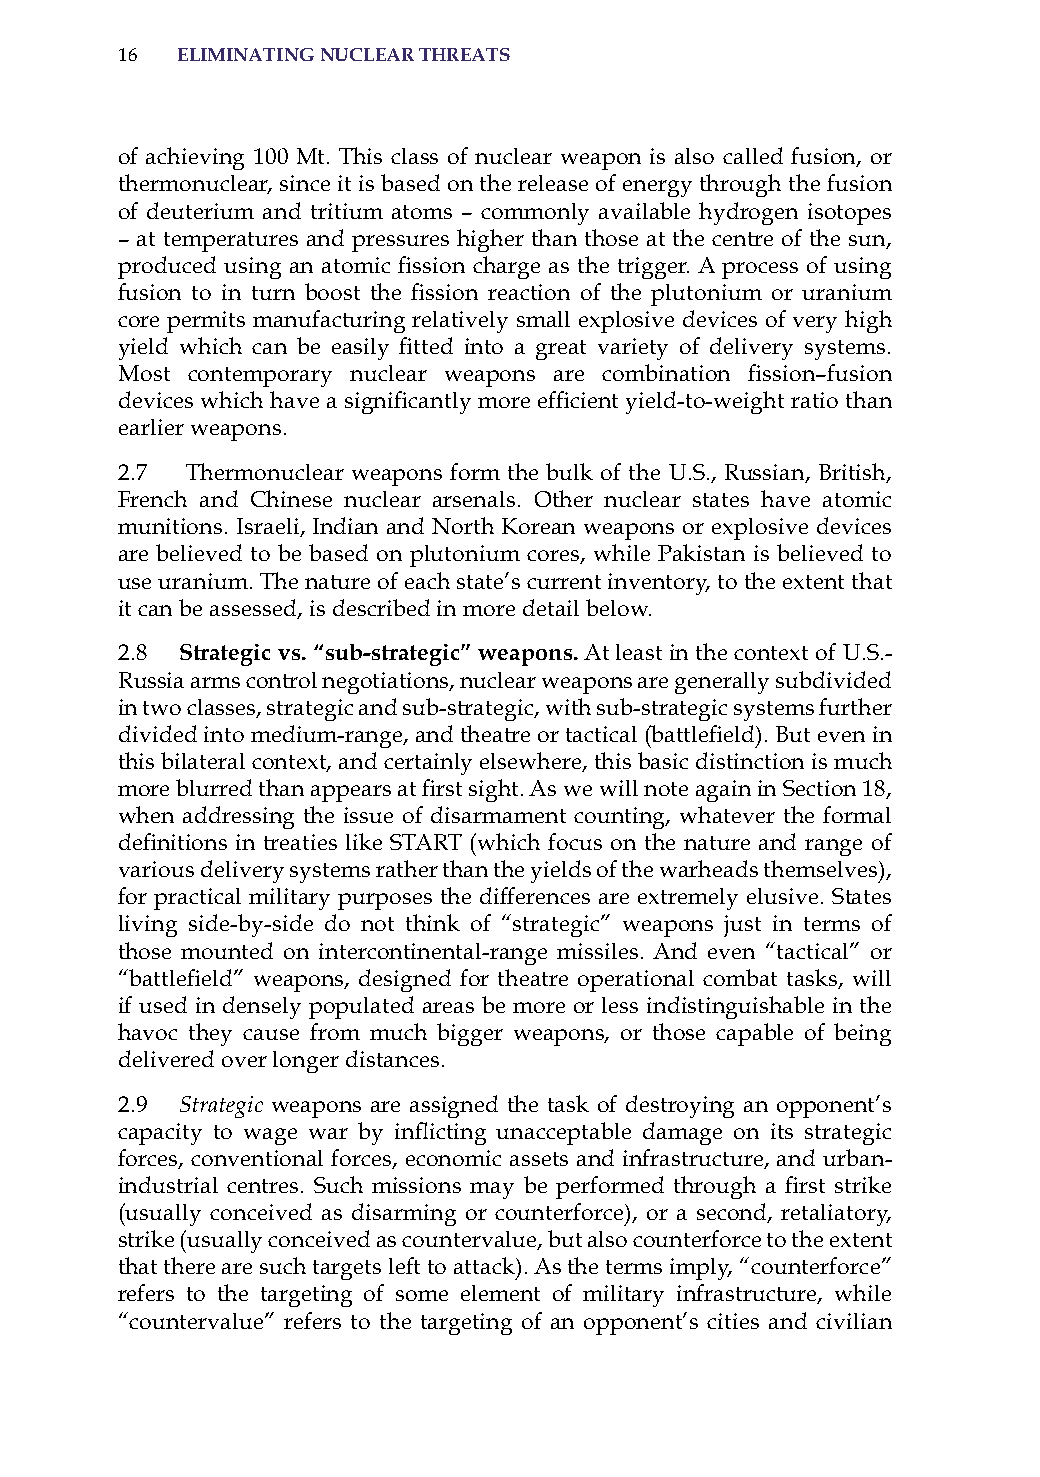
16  eliminatinG nuclear threats
 of achieving 100 Mt. This class of nuclear weapon is also called fusion, or
 thermonuclear, since it is based on the release of energy through the fusion
 of deuterium and tritium atoms – commonly available hydrogen isotopes
 – at temperatures and pressures higher than those at the centre of the sun,
 produced using an atomic fission charge as the trigger. A process of using
 fusion to in turn boost the fission reaction of the plutonium or uranium
 core permits manufacturing relatively small explosive devices of very high
 yield which can be easily fitted into a great variety of delivery systems.
 Most contemporary nuclear weapons are combination fission–fusion
 devices which have a significantly more efficient yield-to-weight ratio than
 earlier weapons.
 2.7 Thermonuclear weapons form the bulk of the U.s., russian, British,
 French and Chinese nuclear arsenals. other nuclear states have atomic
 munitions. israeli, indian and North Korean weapons or explosive devices
 are believed to be based on plutonium cores, while Pakistan is believed to
 use uranium. The nature of each state’s current inventory, to the extent that
 it can be assessed, is described in more detail below.
 2.8 strategic vs. “sub-strategic” weapons. at least in the context of U.s.-
 russia arms control negotiations, nuclear weapons are generally subdivided
 in two classes, strategic and sub-strategic, with sub-strategic systems further
 divided into medium-range, and theatre or tactical (battlefield). But even in
 this bilateral context, and certainly elsewhere, this basic distinction is much
 more blurred than appears at first sight. As we will note again in Section 18,
 when addressing the issue of disarmament counting, whatever the formal
 definitions in treaties like START (which focus on the nature and range of
 various delivery systems rather than the yields of the warheads themselves),
 for practical military purposes the differences are extremely elusive. states
 living side-by-side do not think of “strategic” weapons just in terms of
 those mounted on intercontinental-range missiles. and even “tactical” or
 “battlefield” weapons, designed for theatre operational combat tasks, will
 if used in densely populated areas be more or less indistinguishable in the
 havoc they cause from much bigger weapons, or those capable of being
 delivered over longer distances.
 2.9 Strategic weapons are assigned the task of destroying an opponent’s
 capacity to wage war by inflicting unacceptable damage on its strategic
 forces, conventional forces, economic assets and infrastructure, and urban-
 industrial centres. Such missions may be performed through a first strike
 (usually conceived as disarming or counterforce), or a second, retaliatory,
 strike (usually conceived as countervalue, but also counterforce to the extent
 that there are such targets left to attack). as the terms imply, “counterforce”
 refers to the targeting of some element of military infrastructure, while
 “countervalue” refers to the targeting of an opponent’s cities and civilian